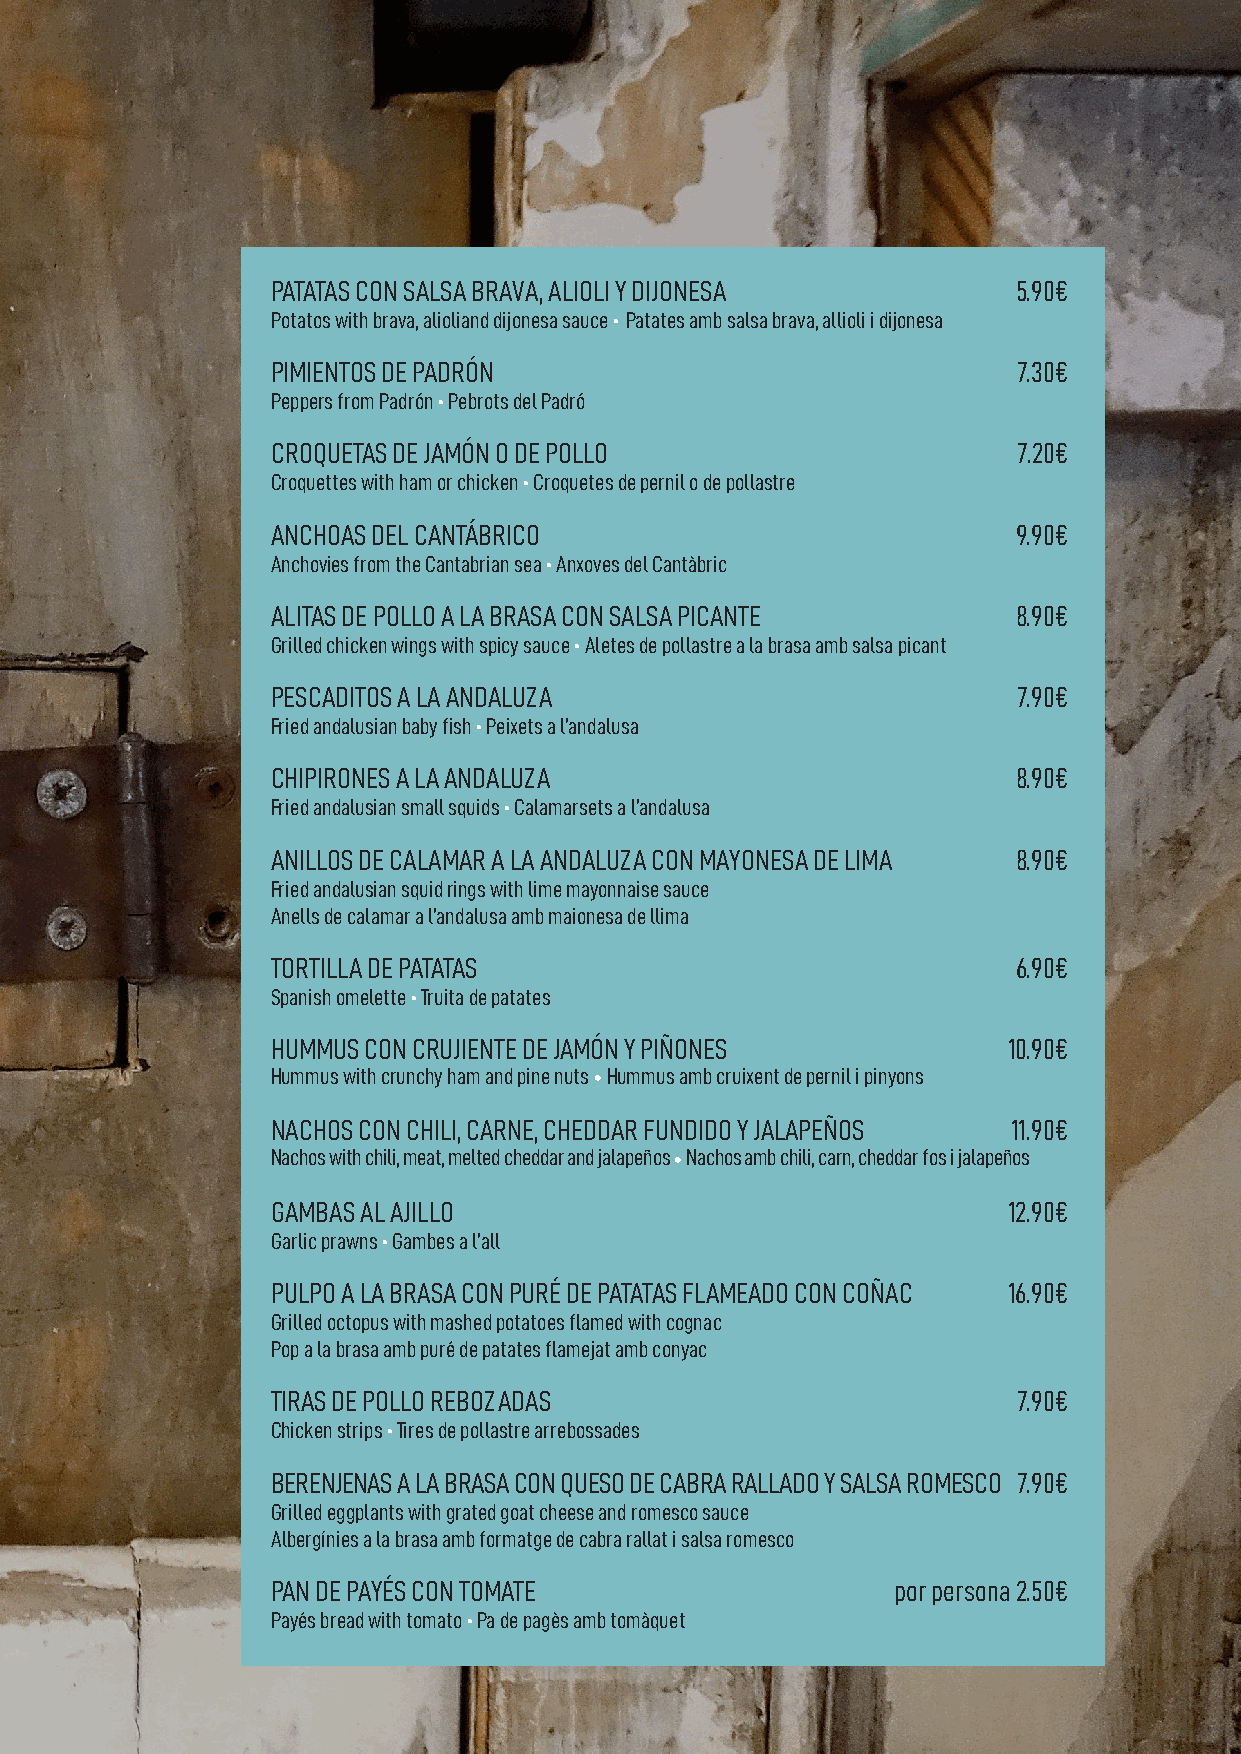
PATATAS CON SALSA BRAVA, ALIOLI Y DIJONESA       5.90€
 Potatos with brava, alioliand dijonesa sauce • Patates amb salsa brava, allioli i dijonesa
 PIMIENTOS DE PADRÓN                              7.30€
 Peppers from Padrón • Pebrots del Padró
 CROQUETAS DE JAMÓN O DE POLLO                    7.20€
 Croquettes with ham or chicken • Croquetes de pernil o de pollastre
 ANCHOAS DEL CANTÁBRICO                           9.90€
 Anchovies from the Cantabrian sea • Anxoves del Cantàbric
 ALITAS DE POLLO A LA BRASA CON SALSA PICANTE     8.90€
 Grilled chicken wings with spicy sauce • Aletes de pollastre a la brasa amb salsa picant
 PESCADITOS A LA ANDALUZA                         7.90€
 Fried andalusian baby fish • Peixets a l’andalusa
 CHIPIRONES A LA ANDALUZA                         8.90€
 Fried andalusian small squids • Calamarsets a l’andalusa
 ANILLOS DE CALAMAR A LA ANDALUZA CON MAYONESA DE LIMA 8.90€
 Fried andalusian squid rings with lime mayonnaise sauce
 Anells de calamar a l’andalusa amb maionesa de llima
 TORTILLA DE PATATAS                              6.90€
 Spanish omelette • Truita de patates
 HUMMUS CON CRUJIENTE DE JAMÓN Y PIÑONES          10.90€
 Hummus with crunchy ham and pine nuts • Hummus amb cruixent de pernil i pinyons
 NACHOS CON CHILI, CARNE, CHEDDAR FUNDIDO Y JALAPEÑOS 11.90€
 Nachos with chili, meat, melted cheddar and jalapeños • Nachos amb chili, carn, cheddar fos i jalapeños
 GAMBAS AL AJILLO                                 12.90€
 Garlic prawns • Gambes a l’all
 PULPO A LA BRASA CON PURÉ DE PATATAS FLAMEADO CON COÑAC 16.90€
 Grilled octopus with mashed potatoes flamed with cognac
 Pop a la brasa amb puré de patates flamejat amb conyac
 TIRAS DE POLLO REBOZADAS                         7.90€
 Chicken strips • Tires de pollastre arrebossades
 BERENJENAS A LA BRASA CON QUESO DE CABRA RALLADO Y SALSA ROMESCO 7.90€
 Grilled eggplants with grated goat cheese and romesco sauce
 Albergínies a la brasa amb formatge de cabra rallat i salsa romesco
 PAN DE PAYÉS CON TOMATE                  por persona 2.50€
 Payés bread with tomato • Pa de pagès amb tomàquet